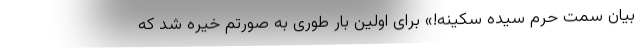
بیان سمت حرم سیده سکینه!» برای اولین بار طوری به صورتم خیره شد که